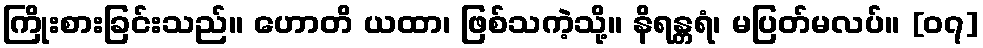
ကြိုးစားခြင်းသည်။ ဟောတိ ယထာ၊ ဖြစ်သကဲ့သို့။ နိရန္တရံ၊ မပြတ်မလပ်။ [၀၇]